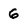
Character: 6